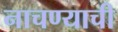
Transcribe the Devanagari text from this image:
नाचण्याची